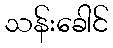
သန်းခေါင်